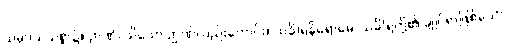
သမုဒယသစ္စာ၌။ ဉာဏံ၊ သိသော ဉာဏ်လည်းကောင်း။ သင်္ခါရနိရောဓေ၊ သင်္ခါရတို့၏ ချုပ်ရာဖြစ်သော